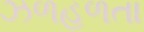
ઝળહળતા